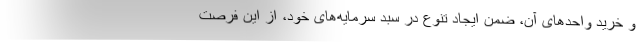
و خرید واحدهای آن، ضمن ایجاد تنوع در سبد سرمایه‌های خود، از این فرصت